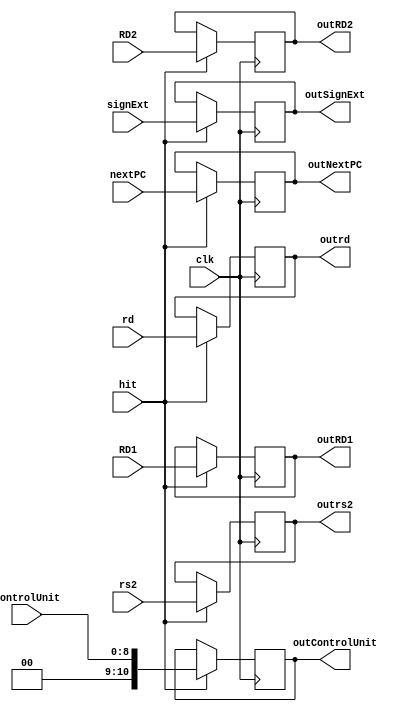
`timescale 1ns / 1ps

//////////////////////////////////////////////////////////////////////////////////
// fullname : Milad Nooraei
// student number : 9935701
// Computer Architecture Project
//////////////////////////////////////////////////////////////////////////////////

module ID_EX_Register(
	input [31:0]nextPC,
	input [31:0]signExt,
	input [31:0]RD1,
	input [31:0]RD2,
	input [4:0]rd,
	input [4:0]rs2,
	input [8:0]controlUnit,
	input clk, hit,
	
	output reg [31:0]outNextPC,
	output reg [31:0]outSignExt,
	output reg [31:0]outRD1,
	output reg [31:0]outRD2,
	output reg [4:0]outrd,
	output reg [4:0]outrs2,
	output reg [10:0]outControlUnit
    );
	 
	always @(posedge clk) begin
	
		if(hit == 1) 
			begin
				outNextPC = nextPC;
				outSignExt = signExt;
				outRD1 = RD1;
				outRD2 = RD2;
				outrd = rd;
				outrs2 = rs2;
				outControlUnit = controlUnit;
			end
					
	end

endmodule